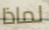
لماذا